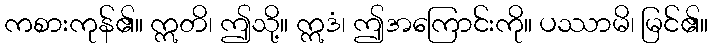
ကစားကုန်၏။ ဣတိ၊ ဤသို့။ ဣဒံ၊ ဤအကြောင်းကို။ ပဿာမိ၊ မြင်၏။